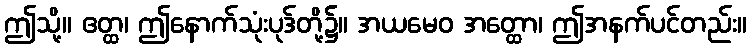
ဤသို့။ ဧတ္ထ၊ ဤနောက်သုံးပုဒ်တို့၌။ အယမေဝ အတ္ထော၊ ဤအနက်ပင်တည်း။